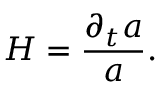
H = \frac { \partial _ { t } a } { a } .